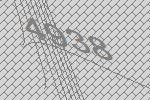
4938